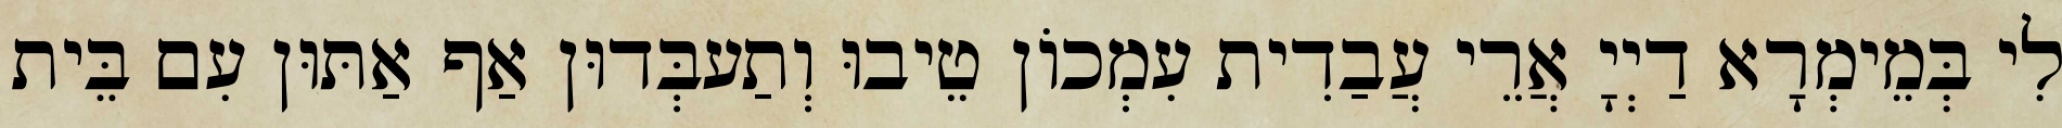
לִי בְּמֵימְרָא דַיְיָ אֲרֵי עֲבַדִית עִמְכוֹן טֵיבוּ וְתַעבְּדוּן אַף אַתּוּן עִם בֵּית